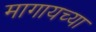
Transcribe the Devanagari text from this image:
मागायच्या